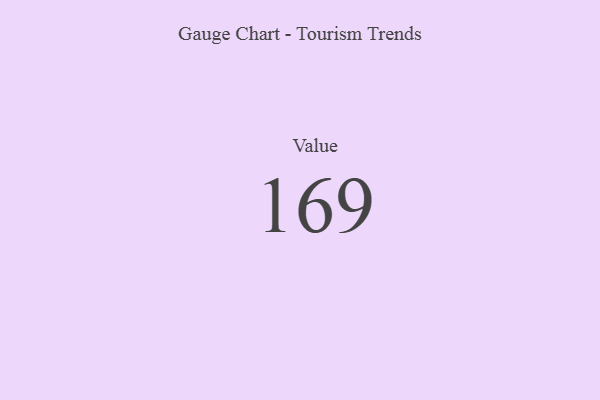
{"axis": {"x": "Metric", "y": "Value"}, "legend": [""], "data": [{"x": "Value", "y": 169, "type": ""}]}